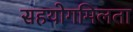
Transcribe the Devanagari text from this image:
सहयोगमिलता